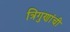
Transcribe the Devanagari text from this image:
त्रिगुणांची